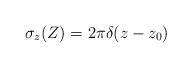
LaTeX: \begin{align*} \sigma_z(Z) = 2 \pi \delta(z-z_0)\end{align*}